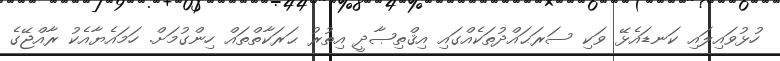
ހުޅުވައިލައި ކަނޑައެޅޭ ވަކި ސަރަޙައްދުތަކެއްގައި އިޤްތިޞާދީ އިތުރު ޙަރަކާތްތައް ހިންގުމަށް. ހަމައެޔާއެކު ރާއްޖޭގެ